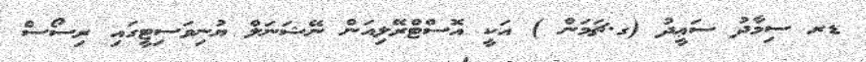
ޑރ ސިމާދު ސަޢީދު (ގ.ޗަމަން ) އަކީ އޮސްޓްރޭލިއަން ނޭޝަނަލް ޔުނިވަސިޓީގައި ރިސޯސް